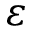
\varepsilon